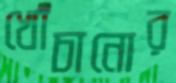
খোঁচানোর